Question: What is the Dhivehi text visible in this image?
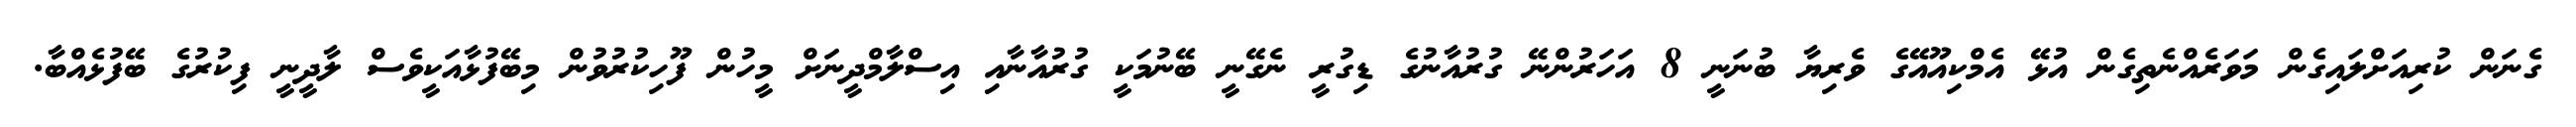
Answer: ގެނަން ކުރިއަށްލައިގެން މަވަރެއްނެތިގެން އުޅޭ އެމްކިއޫއޭގެ ވެރިޔާ ބުނަނީ 8 އަހަރުންނޭ ގުރުއާނުގެ ޑިގުރީ ނެގޭނީ ބޭނުމަކީ ގުރުއާނާއި އިސްލާމްދީނަށް މީހުން ފޫހިކުރުވުން މިބޭފުޅާއަކީވެސް ލާދީނީ ފިކުރުގެ ބޭފުޅެއްބާ.